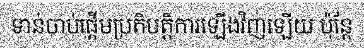
ទាន់ចាប់ផ្តើមប្រតិបត្តិការឡើងវិញឡើយ ប៉ុន្តែ